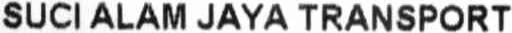
SUCI ALAM JAYA TRANSPORT